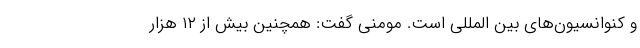
و کنوانسیون‌های بین المللی است. مومنی گفت: همچنین بیش از ۱۲ هزار